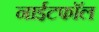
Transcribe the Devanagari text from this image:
नाईटफाॅल